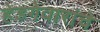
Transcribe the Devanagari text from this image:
हेडगेवारांचे